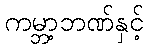
ကမ္ဘာ့ဘဏ်နှင့်